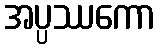
အပ္ပဿကော